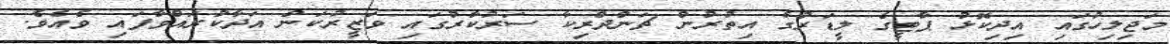
މަޖިލިހުގައި އިދިކޮޅު ޕާޓީގެ ލީޑަރުގެ އިތުރުން ޗަންދްރިކާ ސަރުކާރުގައި ވަޒީރުކަން އަދާކުރައްވާފައި ވެއެވެ.